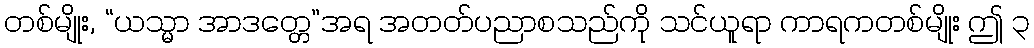
တစ်မျိုး, “ယသ္မာ အာဒတ္တေ”အရ အတတ်ပညာစသည်ကို သင်ယူရာ ကာရကတစ်မျိုး ဤ ၃